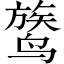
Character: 𬸦